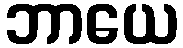
ဘာယေ